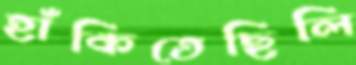
হাঁকিতেছিলি